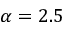
\alpha = 2 . 5